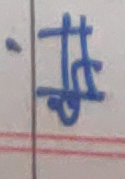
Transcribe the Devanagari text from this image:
ईहा